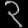
Digit: ၃